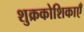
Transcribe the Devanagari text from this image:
शुक्रकोशिकाएँ